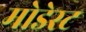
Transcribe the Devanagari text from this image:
मोडेस्ट